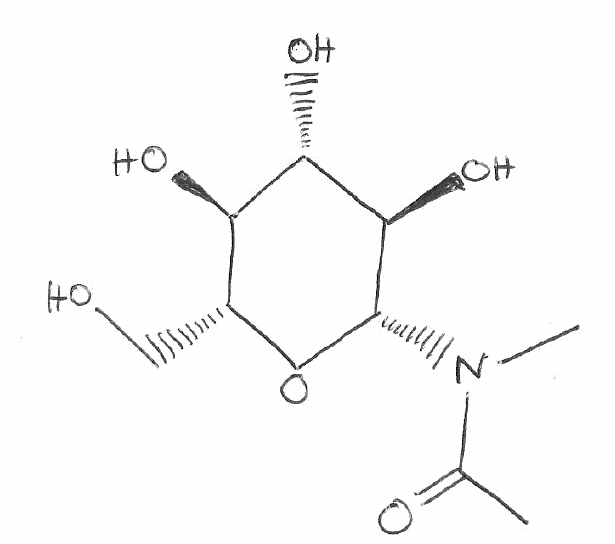
Simplified molecular-input line-entry system (SMILES) notation of the given molecule:
CC(=O)N(C)[C@H]1[C@@H]([C@H]([C@@H]([C@H](O1)CO)O)O)O